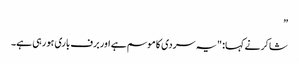
”
شاکر نے کہا: "یہ سردی کا موسم ہے اور برف باری ہو رہی ہے۔